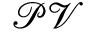
\mathcal { P V }